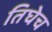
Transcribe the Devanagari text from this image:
तिघेच